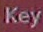
Key